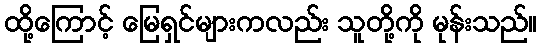
ထို့ကြောင့် မြေရှင်များကလည်း သူတို့ကို မုန်းသည်။